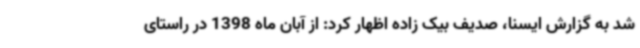
شد به گزارش ایسنا، صدیف بیک زاده اظهار کرد: از آبان ماه 1398 در راستای